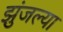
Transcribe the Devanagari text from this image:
झुंजल्या